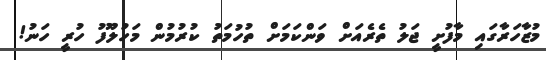
މުޒާހަރާގައި މާފުށީ ޖަލު ތެރެއަށް ވަންކަމަށް ތުހުމަތު ކުރުމުން މަހުލޫފު ހުރީ ހަނު!